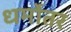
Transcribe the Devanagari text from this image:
धर्मोतर